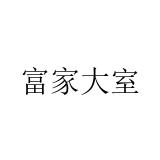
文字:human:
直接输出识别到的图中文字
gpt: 富家大室